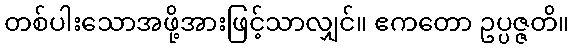
တစ်ပါးသောအဖို့အားဖြင့်သာလျှင်။ ဧကတော ဥပ္ပဇ္ဇတိ။